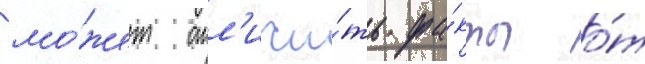
мо́жет отл'ичи́ть фа́кты о́т